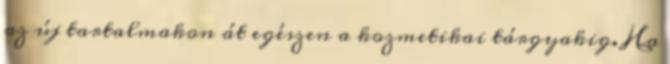
az új tartalmakon át egészen a kozmetikai tárgyakig. Ha